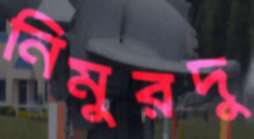
নিমুরদু